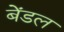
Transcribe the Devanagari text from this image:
बेंडल